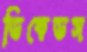
ডিকেডস